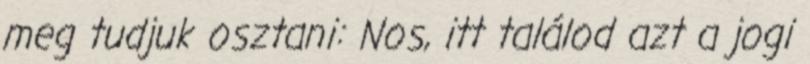
meg tudjuk osztani: Nos, itt találod azt a jogi